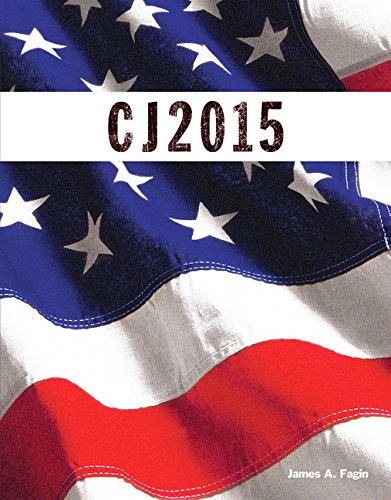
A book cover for CJ 2015 (The Justice Series); James A. Fagin; Law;